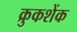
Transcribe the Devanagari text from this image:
क्रुकशेंक